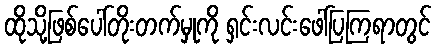
ထိုသို့ဖြစ်ပေါ်တိုးတက်မှုကို ရှင်းလင်းဖေါ်ပြကြရာတွင်